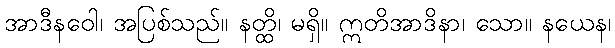
အာဒီနဝေါ၊ အပြစ်သည်။ နတ္ထိ၊ မရှိ။ ဣတိအာဒိနာ၊ သော။ နယေန၊